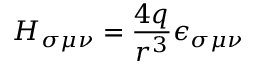
H _ { \sigma \mu \nu } = \frac { 4 q } { r ^ { 3 } } \epsilon _ { \sigma \mu \nu }